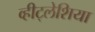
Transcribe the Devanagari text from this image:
व्हीट्लेशिया